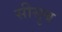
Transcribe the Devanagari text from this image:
सीसुब